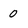
Character: 0